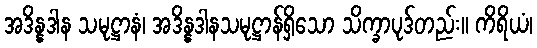
အဒိန္နဒါန သမုဋ္ဌာနံ၊ အဒိန္နဒါနသမုဋ္ဌာန်ရှိသော သိက္ခာပုဒ်တည်း။ ကိရိယံ၊